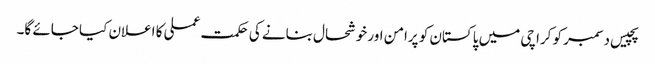
پچیس دسمبر کو کراچی میں پاکستان کو پرامن اور خوشحال بنانے کی حکمت عملی کا اعلان کیا جائے گا۔